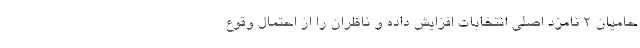
حامیان 2 نامزد اصلی انتخابات افزایش داده و ناظران را از احتمال وقوع